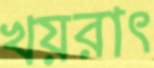
খয়রাৎ